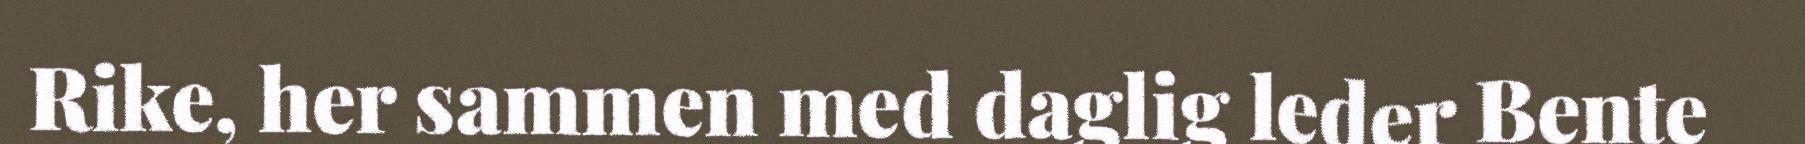
Rike, her sammen med daglig leder Bente